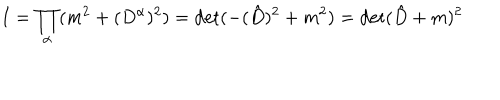
LaTeX: I = \prod _ { \alpha } ( m ^ { 2 } + ( D ^ { \alpha } ) ^ { 2 } ) = \det ( - ( \hat { D } ) ^ { 2 } + m ^ { 2 } ) = \det ( \hat { D } + m ) ^ { 2 }